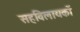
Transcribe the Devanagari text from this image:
सहविलायकों